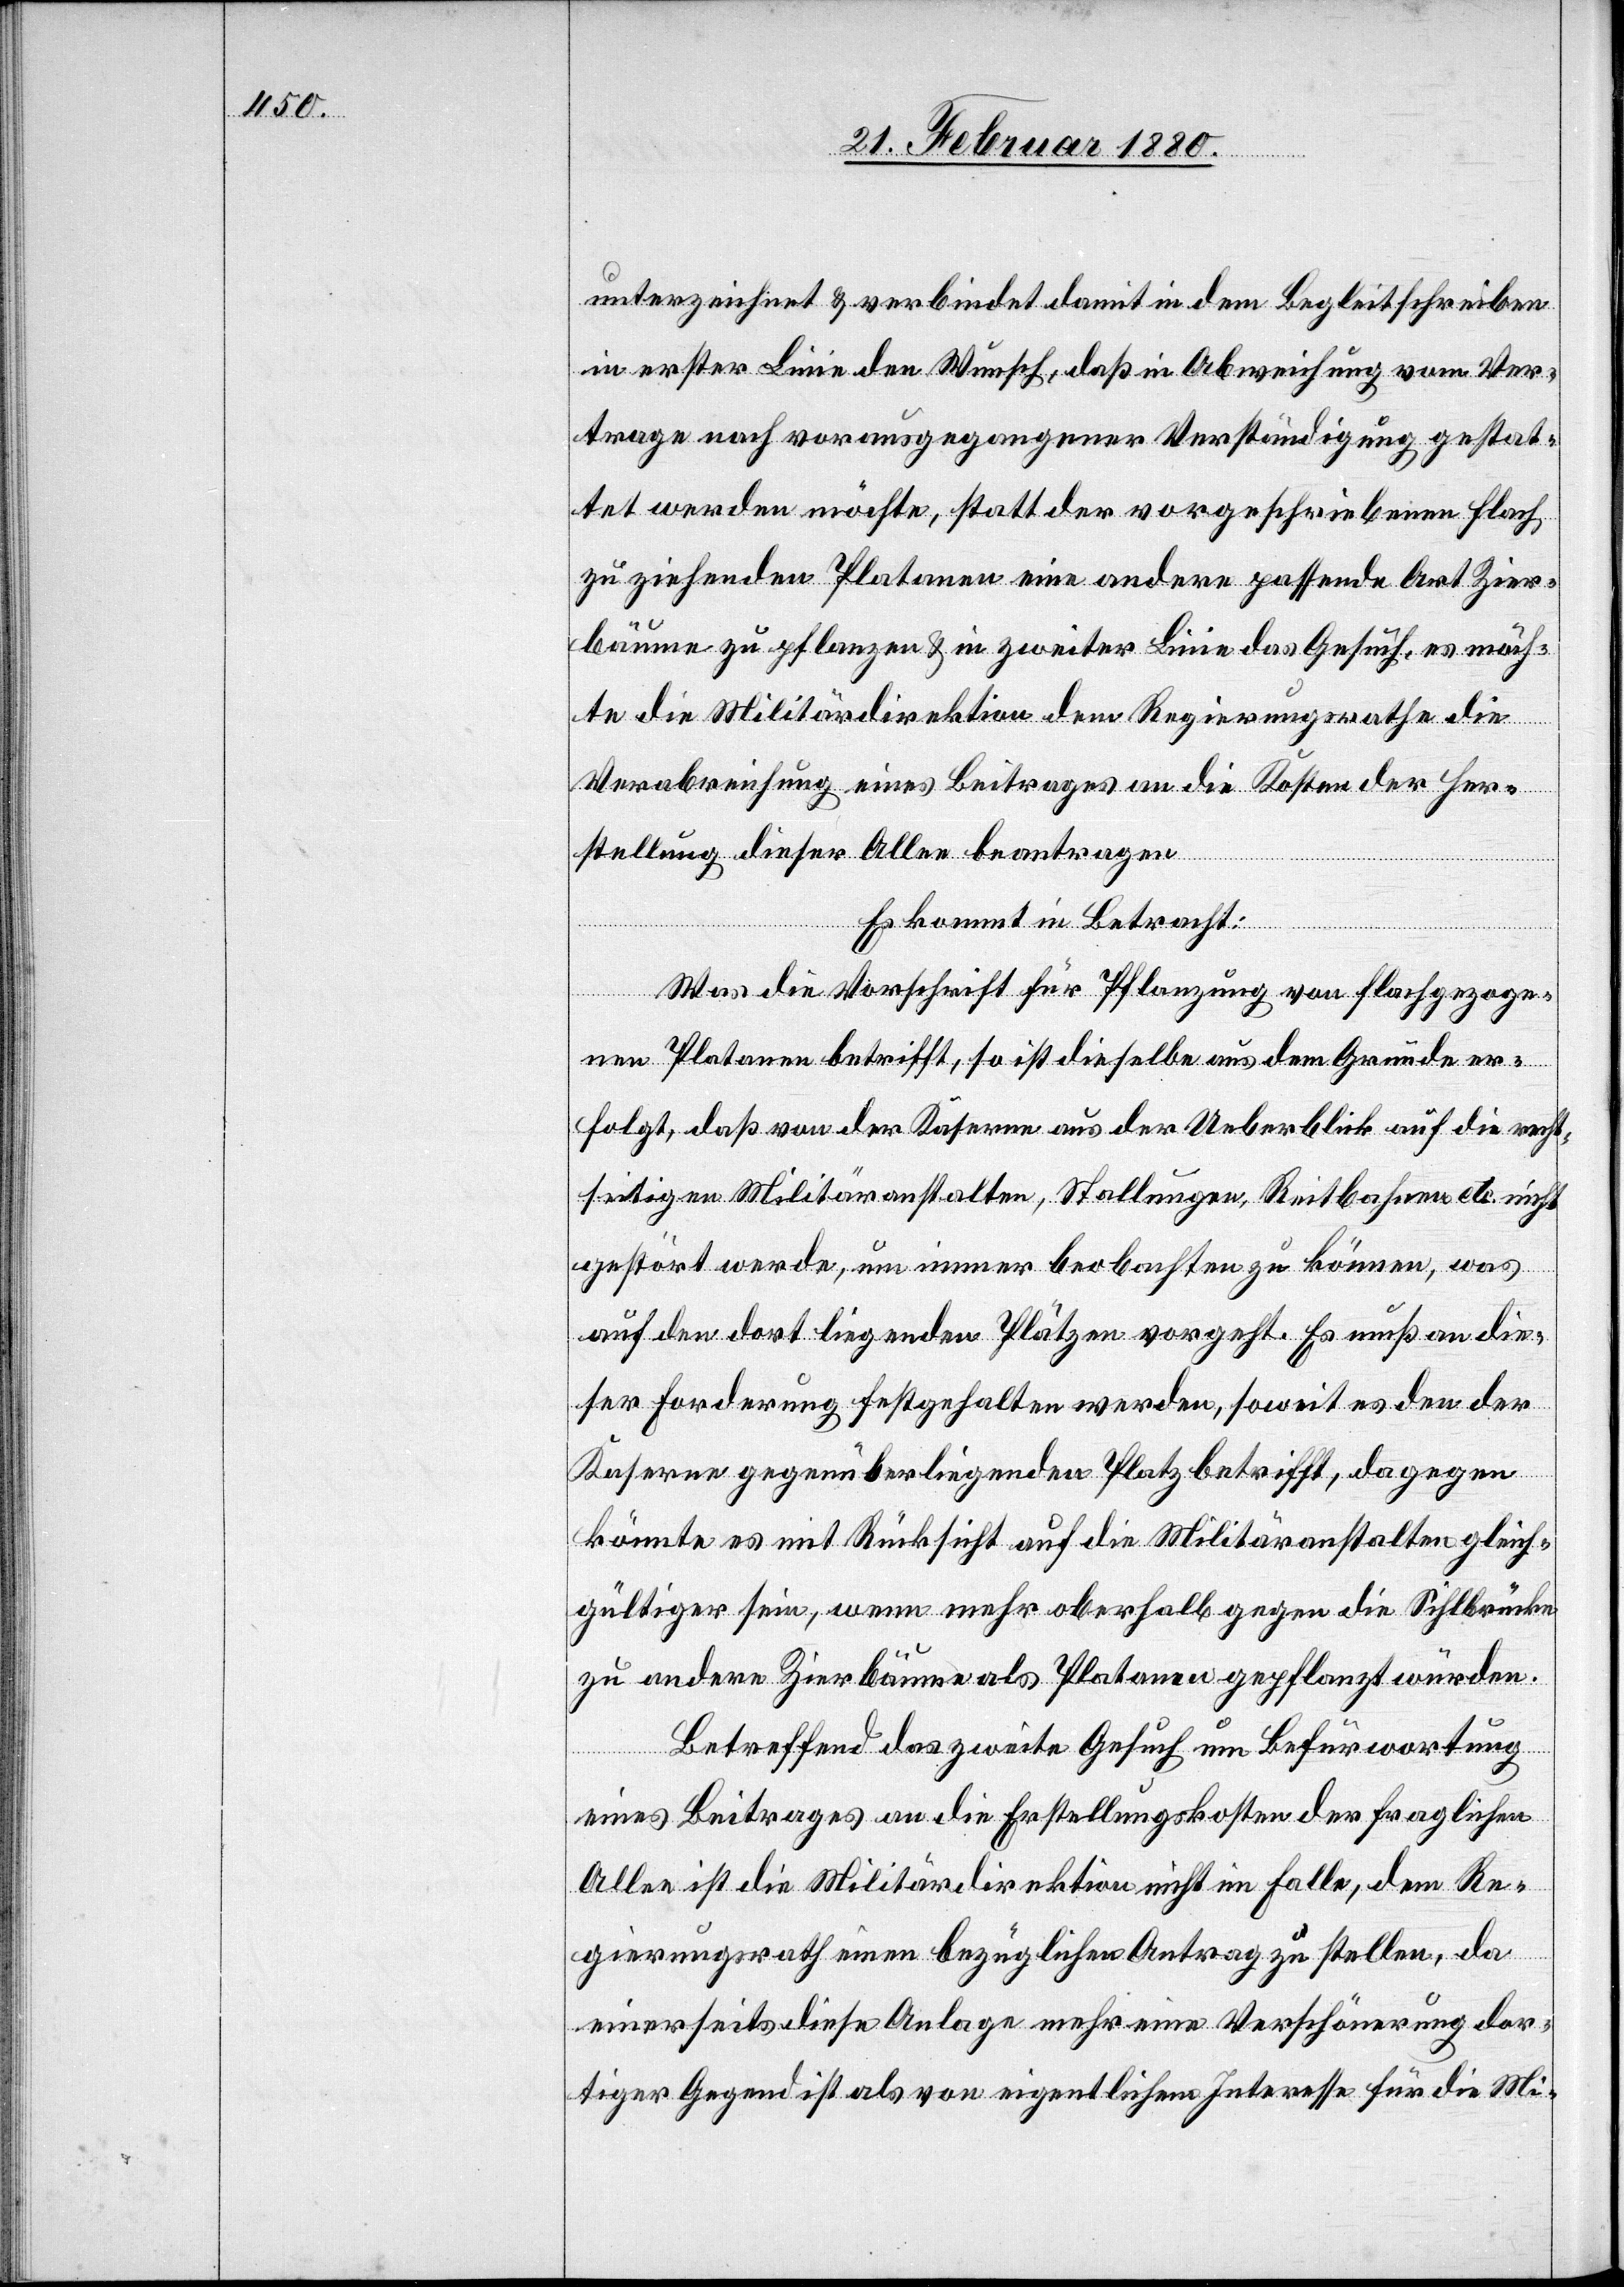
unterzeichnet & verbindet damit in dem Begleitschreiben
in erster Linie den Wunsch, daß in Abweichung vom Ver¬
trage nach vorausgegangener Verständigung gestat¬
tet werden möchte, statt der vorgeschriebenen flach
zu ziehenden Platanen eine andere passende Art Zier¬
bäume zu pflanzen & in zweiter Linie das Gesuch, es möch¬
te die Militärdirektion dem Regierungsrathe die
Verabreichung eines Beitrages an die Kosten der Her¬
stellung dieser Allee beantragen.
Es kommt in Betracht:
Was die Vorschrift für Pflanzung von flach gezoge¬
nen Platanen betrifft, so ist dieselbe aus dem Grunde er¬
folgt, daß von der Kaserne aus der Ueberblick auf die recht¬
seitigen Militäranstalten, Stallungen, Reitbahnen etc. nicht
gestört werde, um immer beobachten zu können, was
auf den dort liegenden Plätzen vorgeht. Es muß an die¬
ser Forderung festgehalten werden, soweit es den der
Kaserne gegenüberliegenden Platz betrifft, dagegen
könnte es mit Rücksicht auf die Militäranstalten gleich¬
gültiger sein, wenn mehr oberhalb gegen die Sihlbrücke
zu andere Zierbäume als Platanen gepflanzt würden.
Betreffend das zweite Gesuch um Befürwortung
eines Beitrages an die Erstellungskosten der fraglichen
Allee ist die Militärdirektion nicht im Falle, dem Re¬
gierungsrath einen bezüglichen Antrag zu stellen, da
einerseits diese Anlage mehr eine Verschönerung dor¬
tiger Gegend ist als von eigentlichem Interesse für die Mi-